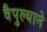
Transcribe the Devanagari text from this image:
वैपुल्याने